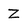
Character: Z